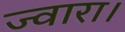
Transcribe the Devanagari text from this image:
ज्वारा।